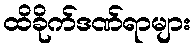
ထိခိုက်ဒဏ်ရာများ